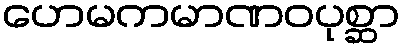
ဟေမကမာဏဝပုစ္ဆာ